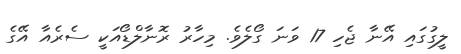
ލީގުގައި އޭނާ ޖެހި 17 ވަނަ ގޯލެވެ. މިހާރު ރޮނާލްޑޯއަކީ ސެރެއާ އޭގެ